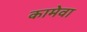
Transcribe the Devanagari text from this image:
कामेवा